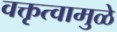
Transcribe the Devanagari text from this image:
वक्तृत्वामुळे